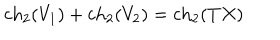
\mathrm { c h } _ { 2 } ( V _ { 1 } ) + \mathrm { c h } _ { 2 } ( V _ { 2 } ) = \mathrm { c h } _ { 2 } ( T X )